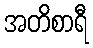
အတိစာရီ